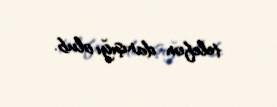
telefon danışığı olub.